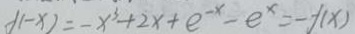
f ( - x ) = - x ^ { 3 } + 2 x + e ^ { - x } - e ^ { x } = - f ( x )